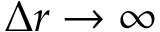
\Delta r \to \infty